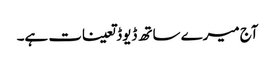
آج میرے ساتھ ڈیوڈ تعینات ہے۔